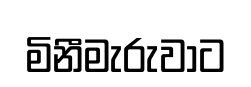
මිනීමැරුවාට